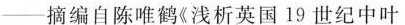
——摘编自陈唯鹤《浅析英国19世纪中叶